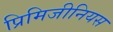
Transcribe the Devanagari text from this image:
प्रिमिजीनियस